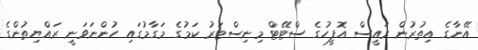
އޭނާގެ އިތުރުން ރައީސް އޮފީހުގެ ސްޓޭޓް މިނިސްޓަރު ކަމުގެ މަގާމުގައި ހުންނަވަނީ ރައްޔިތުންގެ